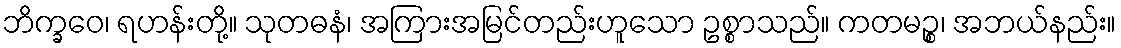
ဘိက္ခဝေ၊ ရဟန်းတို့။ သုတဓနံ၊ အကြားအမြင်တည်းဟူသော ဥစ္စာသည်။ ကတမဉ္စ၊ အဘယ်နည်း။